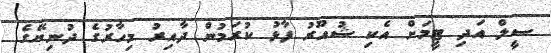
ސީލް އަދި ޓީމަށް އެކި ޝުއޫރު ފާޅު ކުރަމުން ދާއިރު މިހާރުގެ ދުނިޔޭގެ